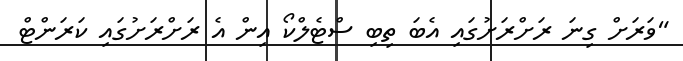
"ވަރަށް ގިނަ ރަށްރަށުގައި އެބަ ތިބި ސްޓެލްކޯ އިން އެ ރަށްރަށުގައި ކަރަންޓް